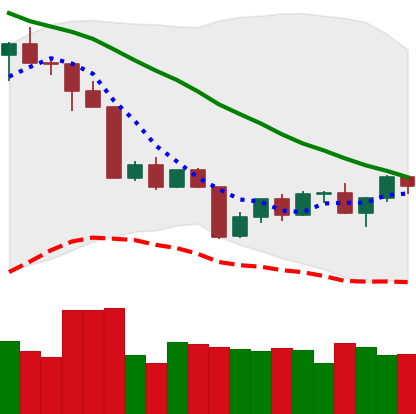
Ticker: TRX-USD
Chart end date: 2022-04-20
Forward return: 4.293%
Label: up_3_5